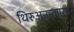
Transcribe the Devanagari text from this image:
थिरुअनन्तपुरम